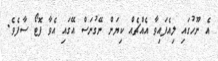
އެ ނޫހުގައި ލިއެފައިވާ އެއްޗެއް ކިޔަން ނޭގުނަސް އޭގައި އެވާ ފޮޓޯ ސާފެވެ.